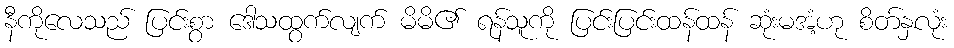
နီကိုလေသည် ပြင်းစွာ ဒေါသထွက်လျက် မိမိ၏ ရန်သူကို ပြင်းပြင်းထန်ထန် ဆုံးမအံ့ဟု စိတ်နှလုံး